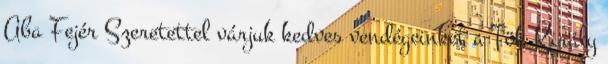
Aba Fejér Szeretettel várjuk kedves vendégeinket a Tök Király